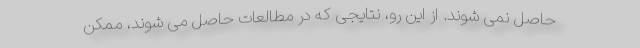
حاصل نمی شوند. از این رو، نتایجی که در مطالعات حاصل می شوند، ممکن